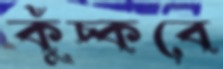
কুঁচ্‌কবে